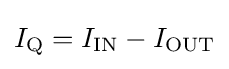
I_{\text{Q}}=I_{\text{IN}}-I_{\text{OUT}}